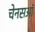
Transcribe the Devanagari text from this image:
चेनसऑ